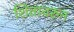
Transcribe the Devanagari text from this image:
शितावरुन